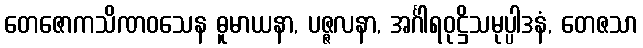
တေဇောကသိဏဝသေန ဓူမာယနာ, ပဇ္ဇလနာ, အင်္ဂါရဝုဋ္ဌိသမုပ္ပါဒနံ, တေဇသာ